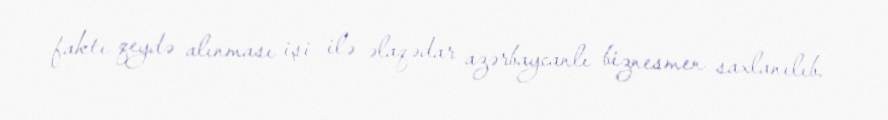
faktı qeydə alınması işi ilə əlaqədar azərbaycanlı biznesmen saxlanılıb.